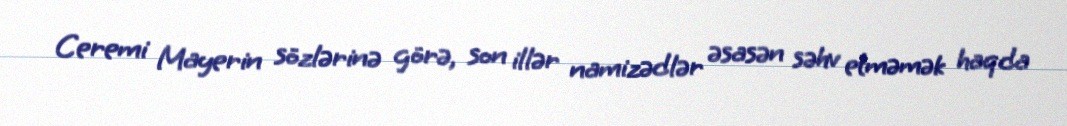
Ceremi Mayerin sözlərinə görə, son illər namizədlər əsasən səhv etməmək haqda